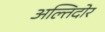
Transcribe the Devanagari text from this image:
अल्तिदोर